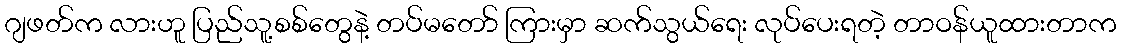
ဂျဖတ်က လားဟူ ပြည်သူ့စစ်တွေနဲ့ တပ်မတော် ကြားမှာ ဆက်သွယ်ရေး လုပ်ပေးရတဲ့ တာဝန်ယူထားတာက